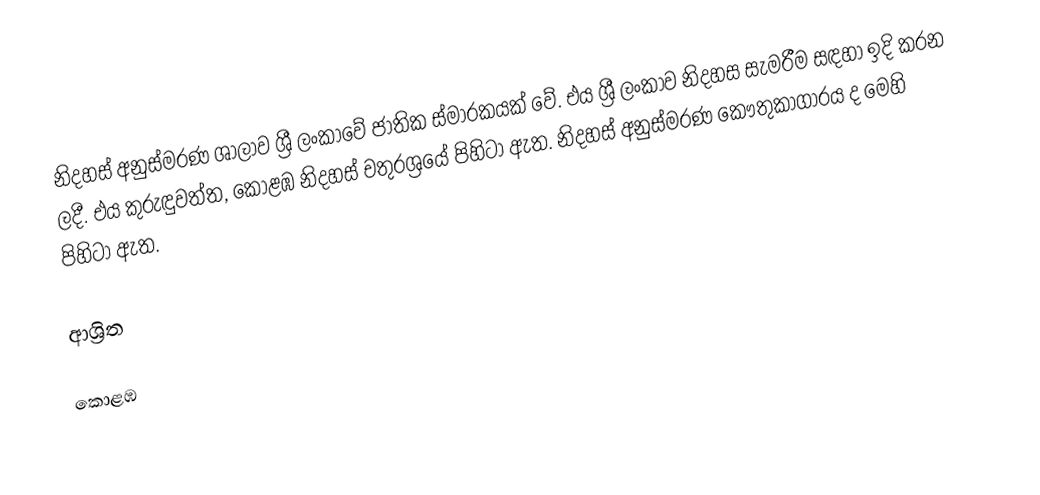
නිදහස් අනුස්මරණ ශාලාව ශ්‍රී ලංකාවේ ජාතික ස්මාරකයක් වේ. එය ශ්‍රී ලංකාව නිදහස සැමරීම සඳහා ඉදි කරන ලදී. එය කුරුඳුවත්ත, කොළඹ නිදහස් චතුරශ්‍රයේ පිහිටා ඇත. නිදහස් අනුස්මරණ කෞතුකාගාරය ද මෙහි පිහිටා ඇත.

ආශ්‍රිත

කොළඹ